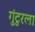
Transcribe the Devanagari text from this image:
गुंटुरला